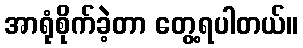
အာရုံစိုက်ခဲ့တာ တွေ့ရပါတယ်။